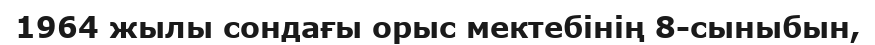
1964 жылы сондағы орыс мектебінің 8-сыныбын,